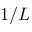
1 / L